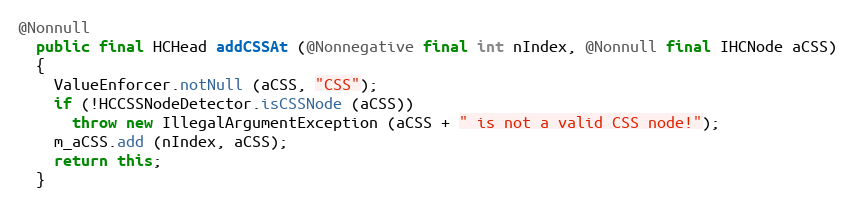
Language: Java
@Nonnull
  public final HCHead addCSSAt (@Nonnegative final int nIndex, @Nonnull final IHCNode aCSS)
  {
    ValueEnforcer.notNull (aCSS, "CSS");
    if (!HCCSSNodeDetector.isCSSNode (aCSS))
      throw new IllegalArgumentException (aCSS + " is not a valid CSS node!");
    m_aCSS.add (nIndex, aCSS);
    return this;
  }